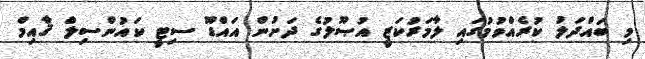
މި ބައްދަލު ކުރެއްވުމުގައި ލާމަރުކަޒީ އުޞޫލުގެ ދަށުން އައްޑޫ ސިޓީ ކައުންސިލް ޤާއިމް